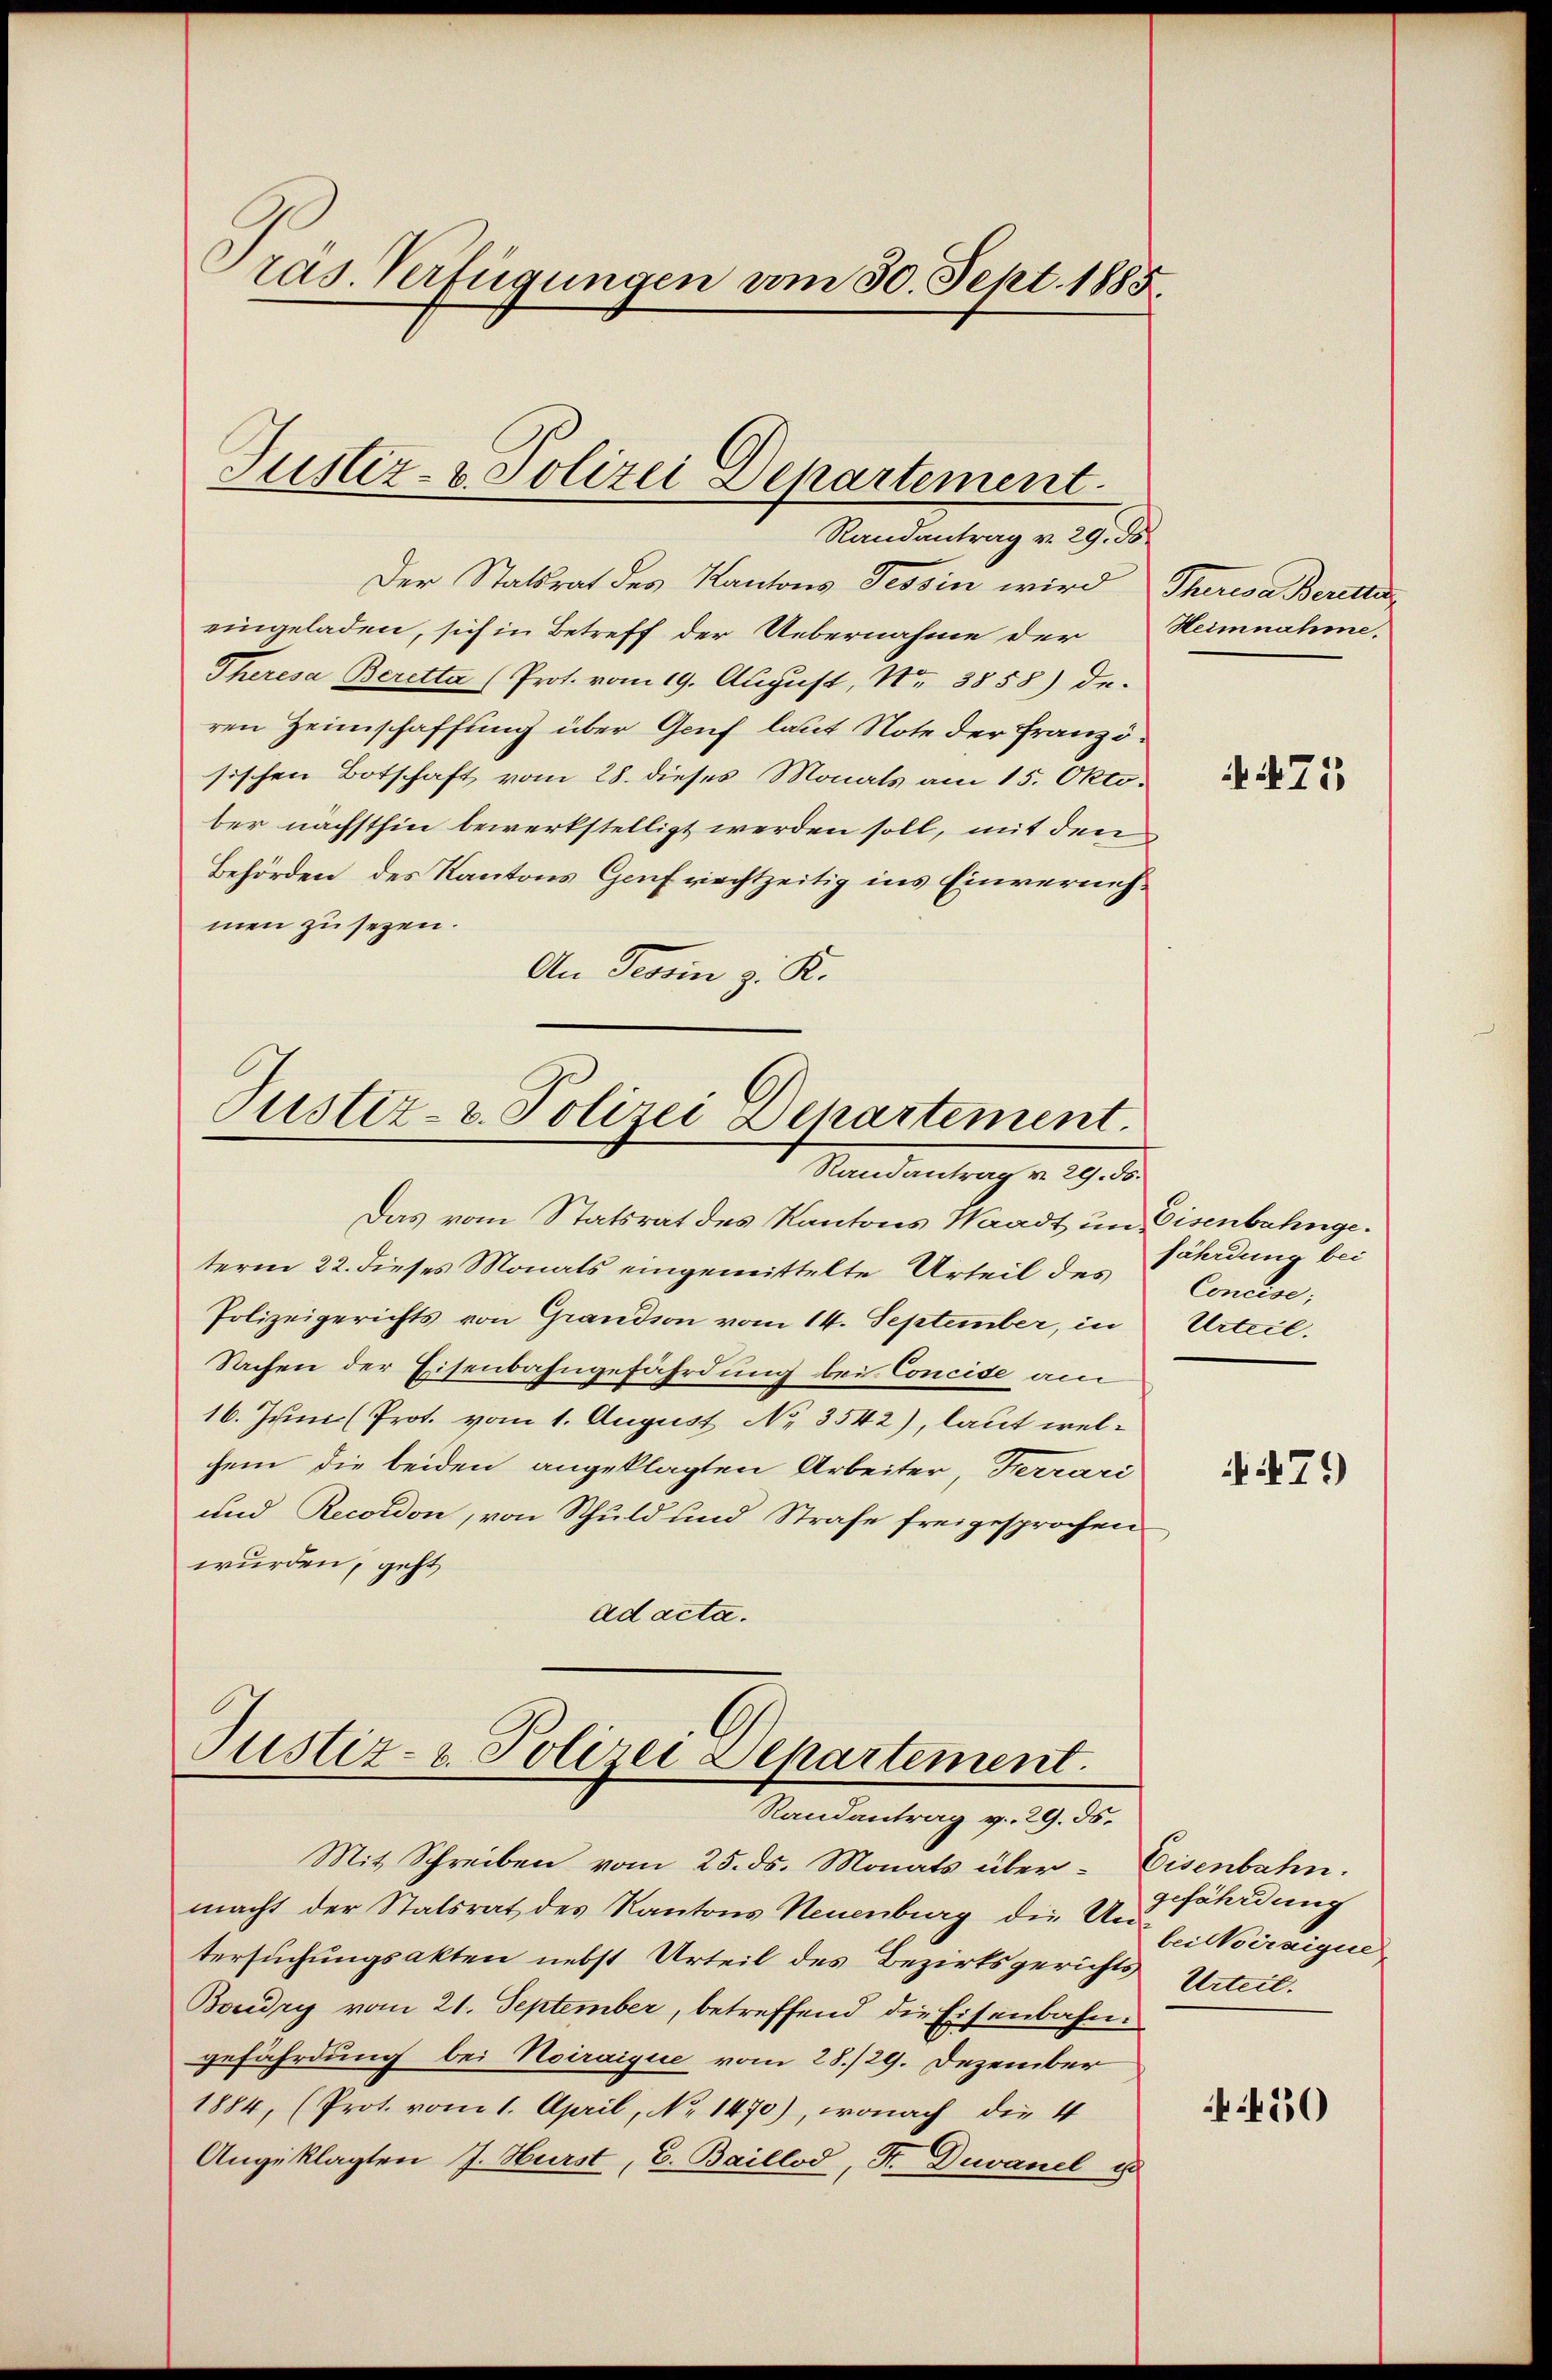
ras. Verfügungen vom 30. Sept. 1885.

Justiz- & Polizei Departement
Randantrag v. 29. ds.

Der Statsrat des Kantons Tessin wird, Theresa Berette
eingeladen, sich in Betreff der Uebernahme der Heimnahme,
Theresa Beretta (Prot. vom 19. August, Nr. 3858) de-
ren Heimschaffung über Genf laut Note der Französischen Botschaft vom 28. dieses Monats am 15. Oktober nächsthin bewerkstelligt werden soll, mit den
Behörden des Kantons Genf riechtzeitig ins Einvernehmen zu sezen.
An Tessin z. K.

Justiz- & Polizei Departement.
Randantrag v. 29. 55.

Justiz- & Polizei Departement.
Randantrag v. 29. 55.

Das vom Statsrat des Kantons Waadt im Eisenbahngeterm 22. dieses Monats eingemittelte Urteil des
Polizeigerichts von Grandson vom 14. September, in
Sachen der Eisenbahngefährdung bei Concide am
16. Juni (Prot. vom 1. August No 3542), laut welchem die beiden angeklagten Arbeiter, Ferrari
und Recordon, von Schuld und Strafe freigesprochen
wurden, geht
ad acta.

Mit Schreiben vom 25. ds. Monats über- Eisenbahn.
macht der Statsrat des Kantons Neuenburg die Arbei Wirzigue
tersuchungsakten nebst Urteil des Bezirksgerichts Urteil.
Boudry vom 21. September, betreffend die Eisenbahngefährdung bei Noiraique vom 28./29. Dezember
1884, (Prot. vom 1. April, No 1470), wonach die 4
Angeklagten J. Hurst, C. Baillod, S. Duvanel u

4475

fährdung bei
Concise,
Urteil.

471)

gefährdung

450